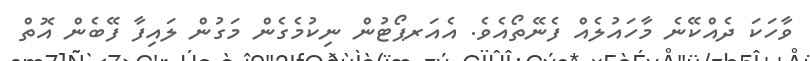
ވާހަކަ ދެއްކޭނެ މާހައުލެއް ފެނޭތޯއެވެ. އެއަރޕޯޓުން ނިކުމެގެން މަގުން ލައިފާ ފޭބެން އޮތް